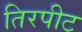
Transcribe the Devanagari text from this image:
तिरपीट